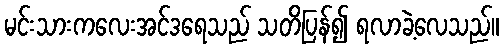
မင်းသားကလေးအင်ဒရေသည် သတိပြန်၍ ရလာခဲ့လေသည်။